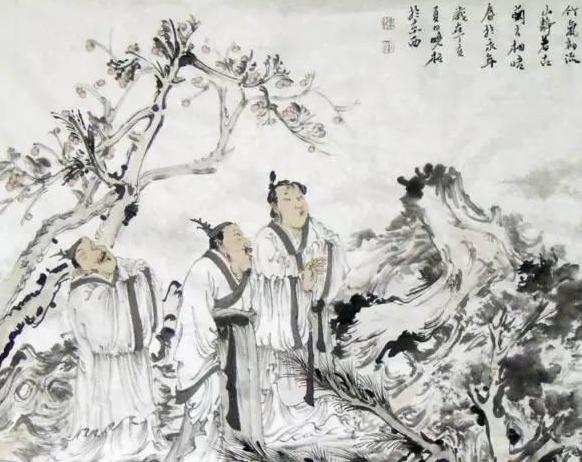
君子养心，莫善于诚。